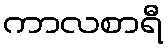
ကာလစာရီ